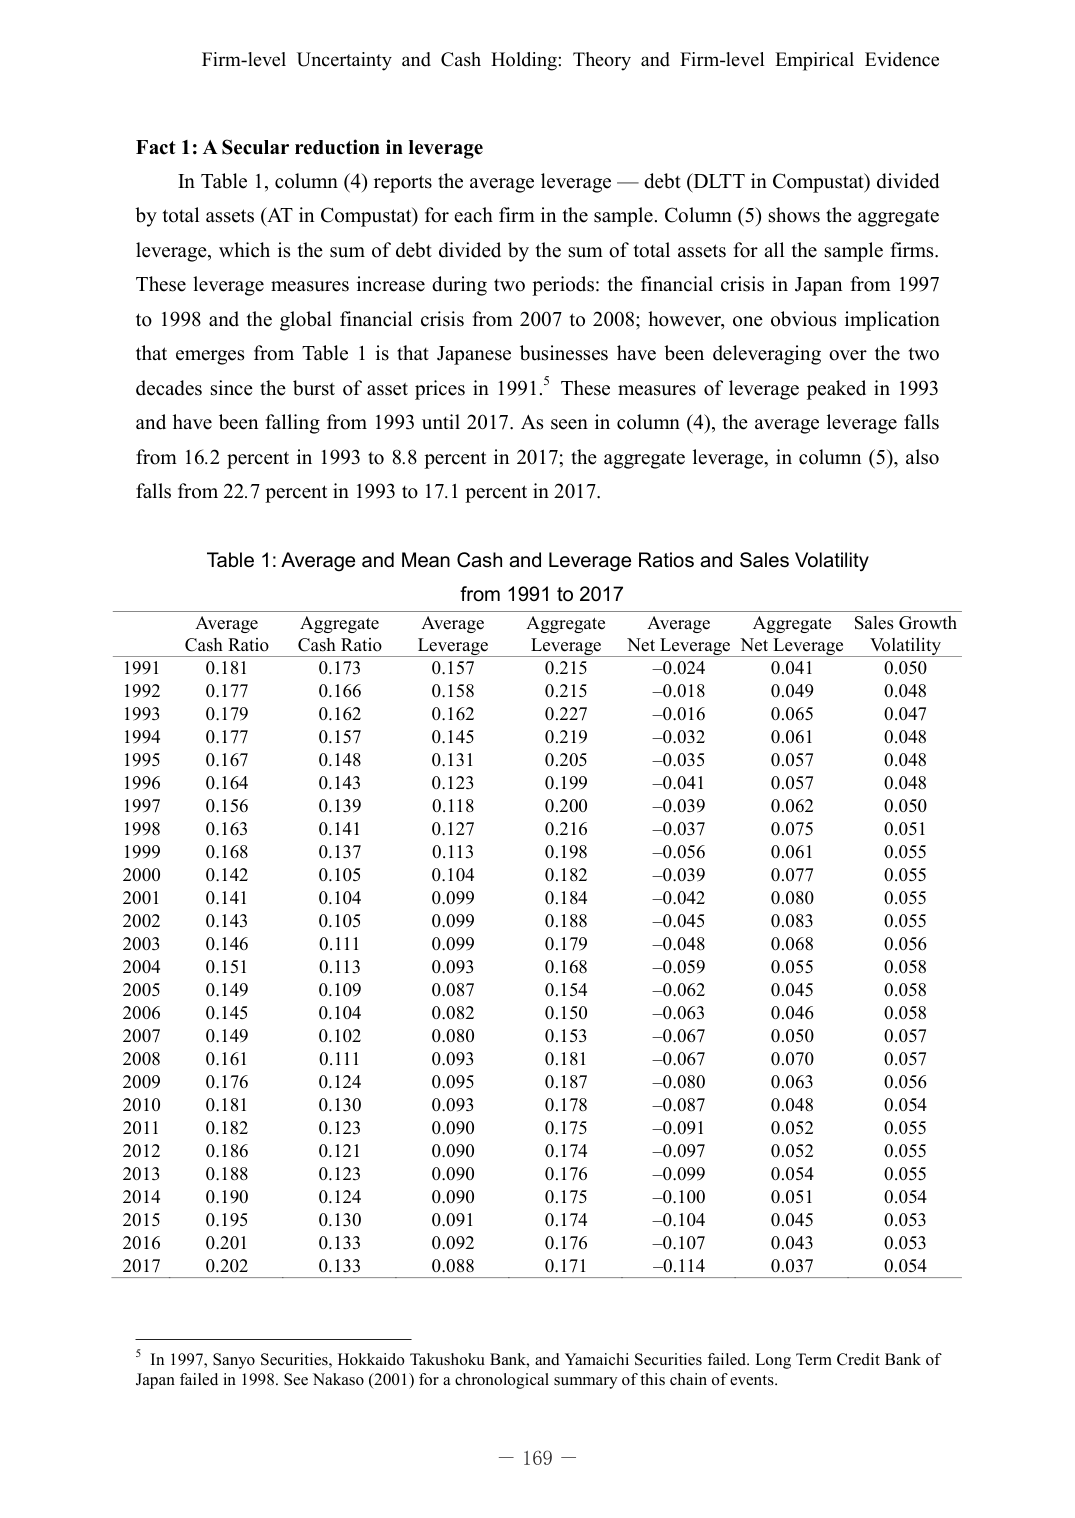
Firm-level Uncertainty and Cash Holding: Theory and Firm-level Empirical Evidence

Fact 1: A Secular reduction in leverage
In Table 1, column (4) reports the average leverage — debt (DLTT in Compustat) divided by total assets (AT in Compustat) for each firm in the sample. Column (5) shows the aggregate leverage, which is the sum of debt divided by the sum of total assets for all the sample firms. These leverage measures increase during two periods: the financial crisis in Japan from 1997 to 1998 and the global financial crisis from 2007 to 2008; however, one obvious implication that emerges from Table 1 is that Japanese businesses have been deleveraging over the two decades since the burst of asset prices in 1991.⁵ These measures of leverage peaked in 1993 and have been falling from 1993 until 2017. As seen in column (4), the average leverage falls from 16.2 percent in 1993 to 8.8 percent in 2017; the aggregate leverage, in column (5), also falls from 22.7 percent in 1993 to 17.1 percent in 2017.

Table 1: Average and Mean Cash and Leverage Ratios and Sales Volatility
from 1991 to 2017

Average     Aggregate     Average     Aggregate     Average     Aggregate     Sales Growth
Cash Ratio  Cash Ratio    Leverage    Leverage      Net Leverage  Net Leverage  Volatility
1991        0.181         0.173       0.157         0.215       -0.024        0.041         0.050
1992        0.177         0.166       0.158         0.215       -0.018        0.049         0.048
1993        0.179         0.162       0.162         0.227       -0.016        0.065         0.047
1994        0.177         0.157       0.145         0.219       -0.032        0.061         0.048
1995        0.167         0.148       0.131         0.205       -0.035        0.057         0.048
1996        0.164         0.143       0.123         0.199       -0.041        0.057         0.048
1997        0.156         0.139       0.118         0.200       -0.039        0.062         0.050
1998        0.163         0.141       0.127         0.216       -0.037        0.075         0.051
1999        0.168         0.137       0.113         0.198       -0.056        0.061         0.055
2000        0.142         0.105       0.104         0.182       -0.039        0.077         0.055
2001        0.141         0.104       0.099         0.184       -0.042        0.080         0.055
2002        0.143         0.105       0.099         0.188       -0.045        0.083         0.055
2003        0.146         0.111       0.099         0.179       -0.048        0.068         0.056
2004        0.151         0.113       0.093         0.168       -0.059        0.055         0.058
2005        0.149         0.109       0.087         0.154       -0.062        0.045         0.058
2006        0.145         0.104       0.082         0.150       -0.063        0.046         0.058
2007        0.149         0.102       0.080         0.153       -0.067        0.050         0.057
2008        0.161         0.111       0.093         0.181       -0.067        0.070         0.057
2009        0.176         0.124       0.095         0.187       -0.080        0.063         0.056
2010        0.181         0.130       0.093         0.178       -0.087        0.048         0.054
2011        0.182         0.123       0.090         0.175       -0.091        0.052         0.055
2012        0.186         0.121       0.090         0.174       -0.097        0.052         0.055
2013        0.188         0.123       0.090         0.176       -0.099        0.054         0.055
2014        0.190         0.124       0.090         0.175       -0.100        0.051         0.054
2015        0.195         0.130       0.091         0.174       -0.104        0.045         0.053
2016        0.201         0.133       0.092         0.176       -0.107        0.043         0.053
2017        0.202         0.133       0.088         0.171       -0.114        0.037         0.054

⁵ In 1997, Sanyo Securities, Hokkaido Takushoku Bank, and Yamaichi Securities failed. Long Term Credit Bank of Japan failed in 1998. See Nakaso (2001) for a chronological summary of this chain of events.

— 169 —